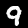
Label: 9